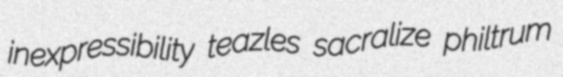
inexpressibility teazles sacralize philtrum